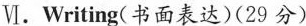
Ⅵ.Writing(书面表达)(29分)